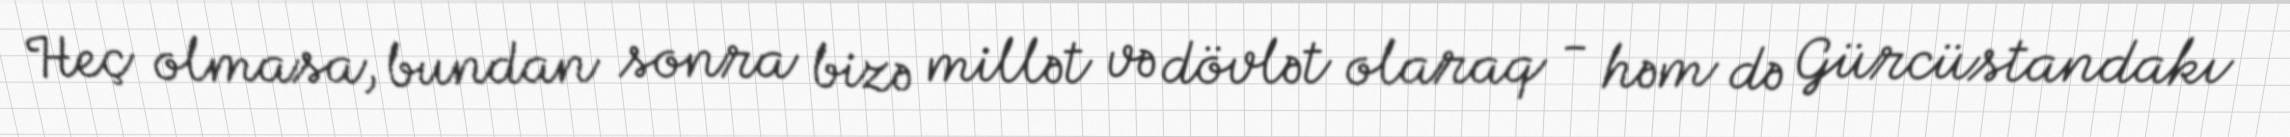
Heç olmasa, bundan sonra bizə millət və dövlət olaraq - həm də Gürcüstandakı